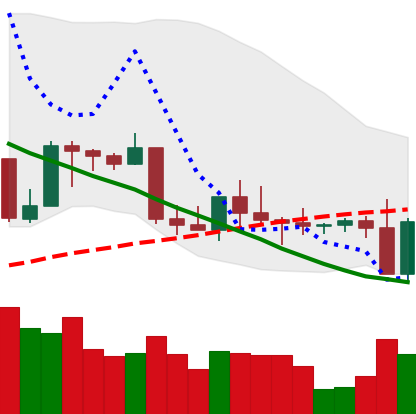
Ticker: BNB-USD
Chart end date: 2022-09-07
Forward return: 5.344%
Label: up_5_7